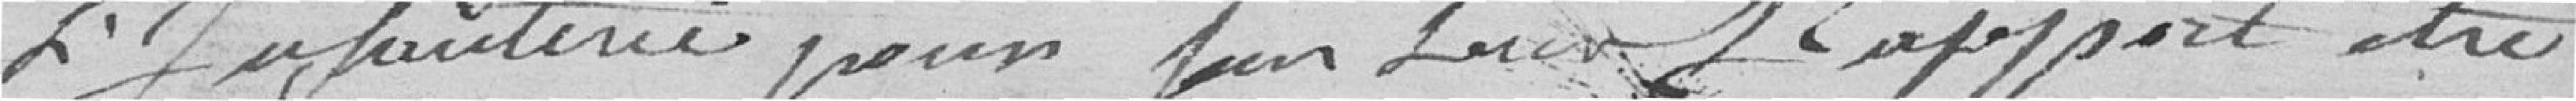
l'infanterie pour faire son rapport être ?